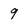
Character: 9